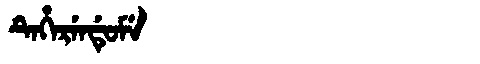
Manchu: ᡨᡝᡥᡝᡵᡝᠨᡩᡠᠮᡝ
Romanization: TEHERENDUME